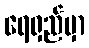
ရေရှည်မှာ